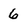
Character: 6